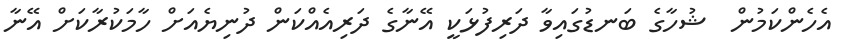
އެހެންކަމުން  ޝުހާގެ ބަނޑުގައިވާ ދަރިފުޅަކީ އޭނާގެ ދަރިއެއްކަން ދުނިޔެއަށް ހާމަކުރާކަށް އޭނާ